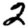
Digit: 2